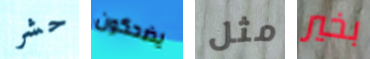
حشر يضحكون مثل بخير